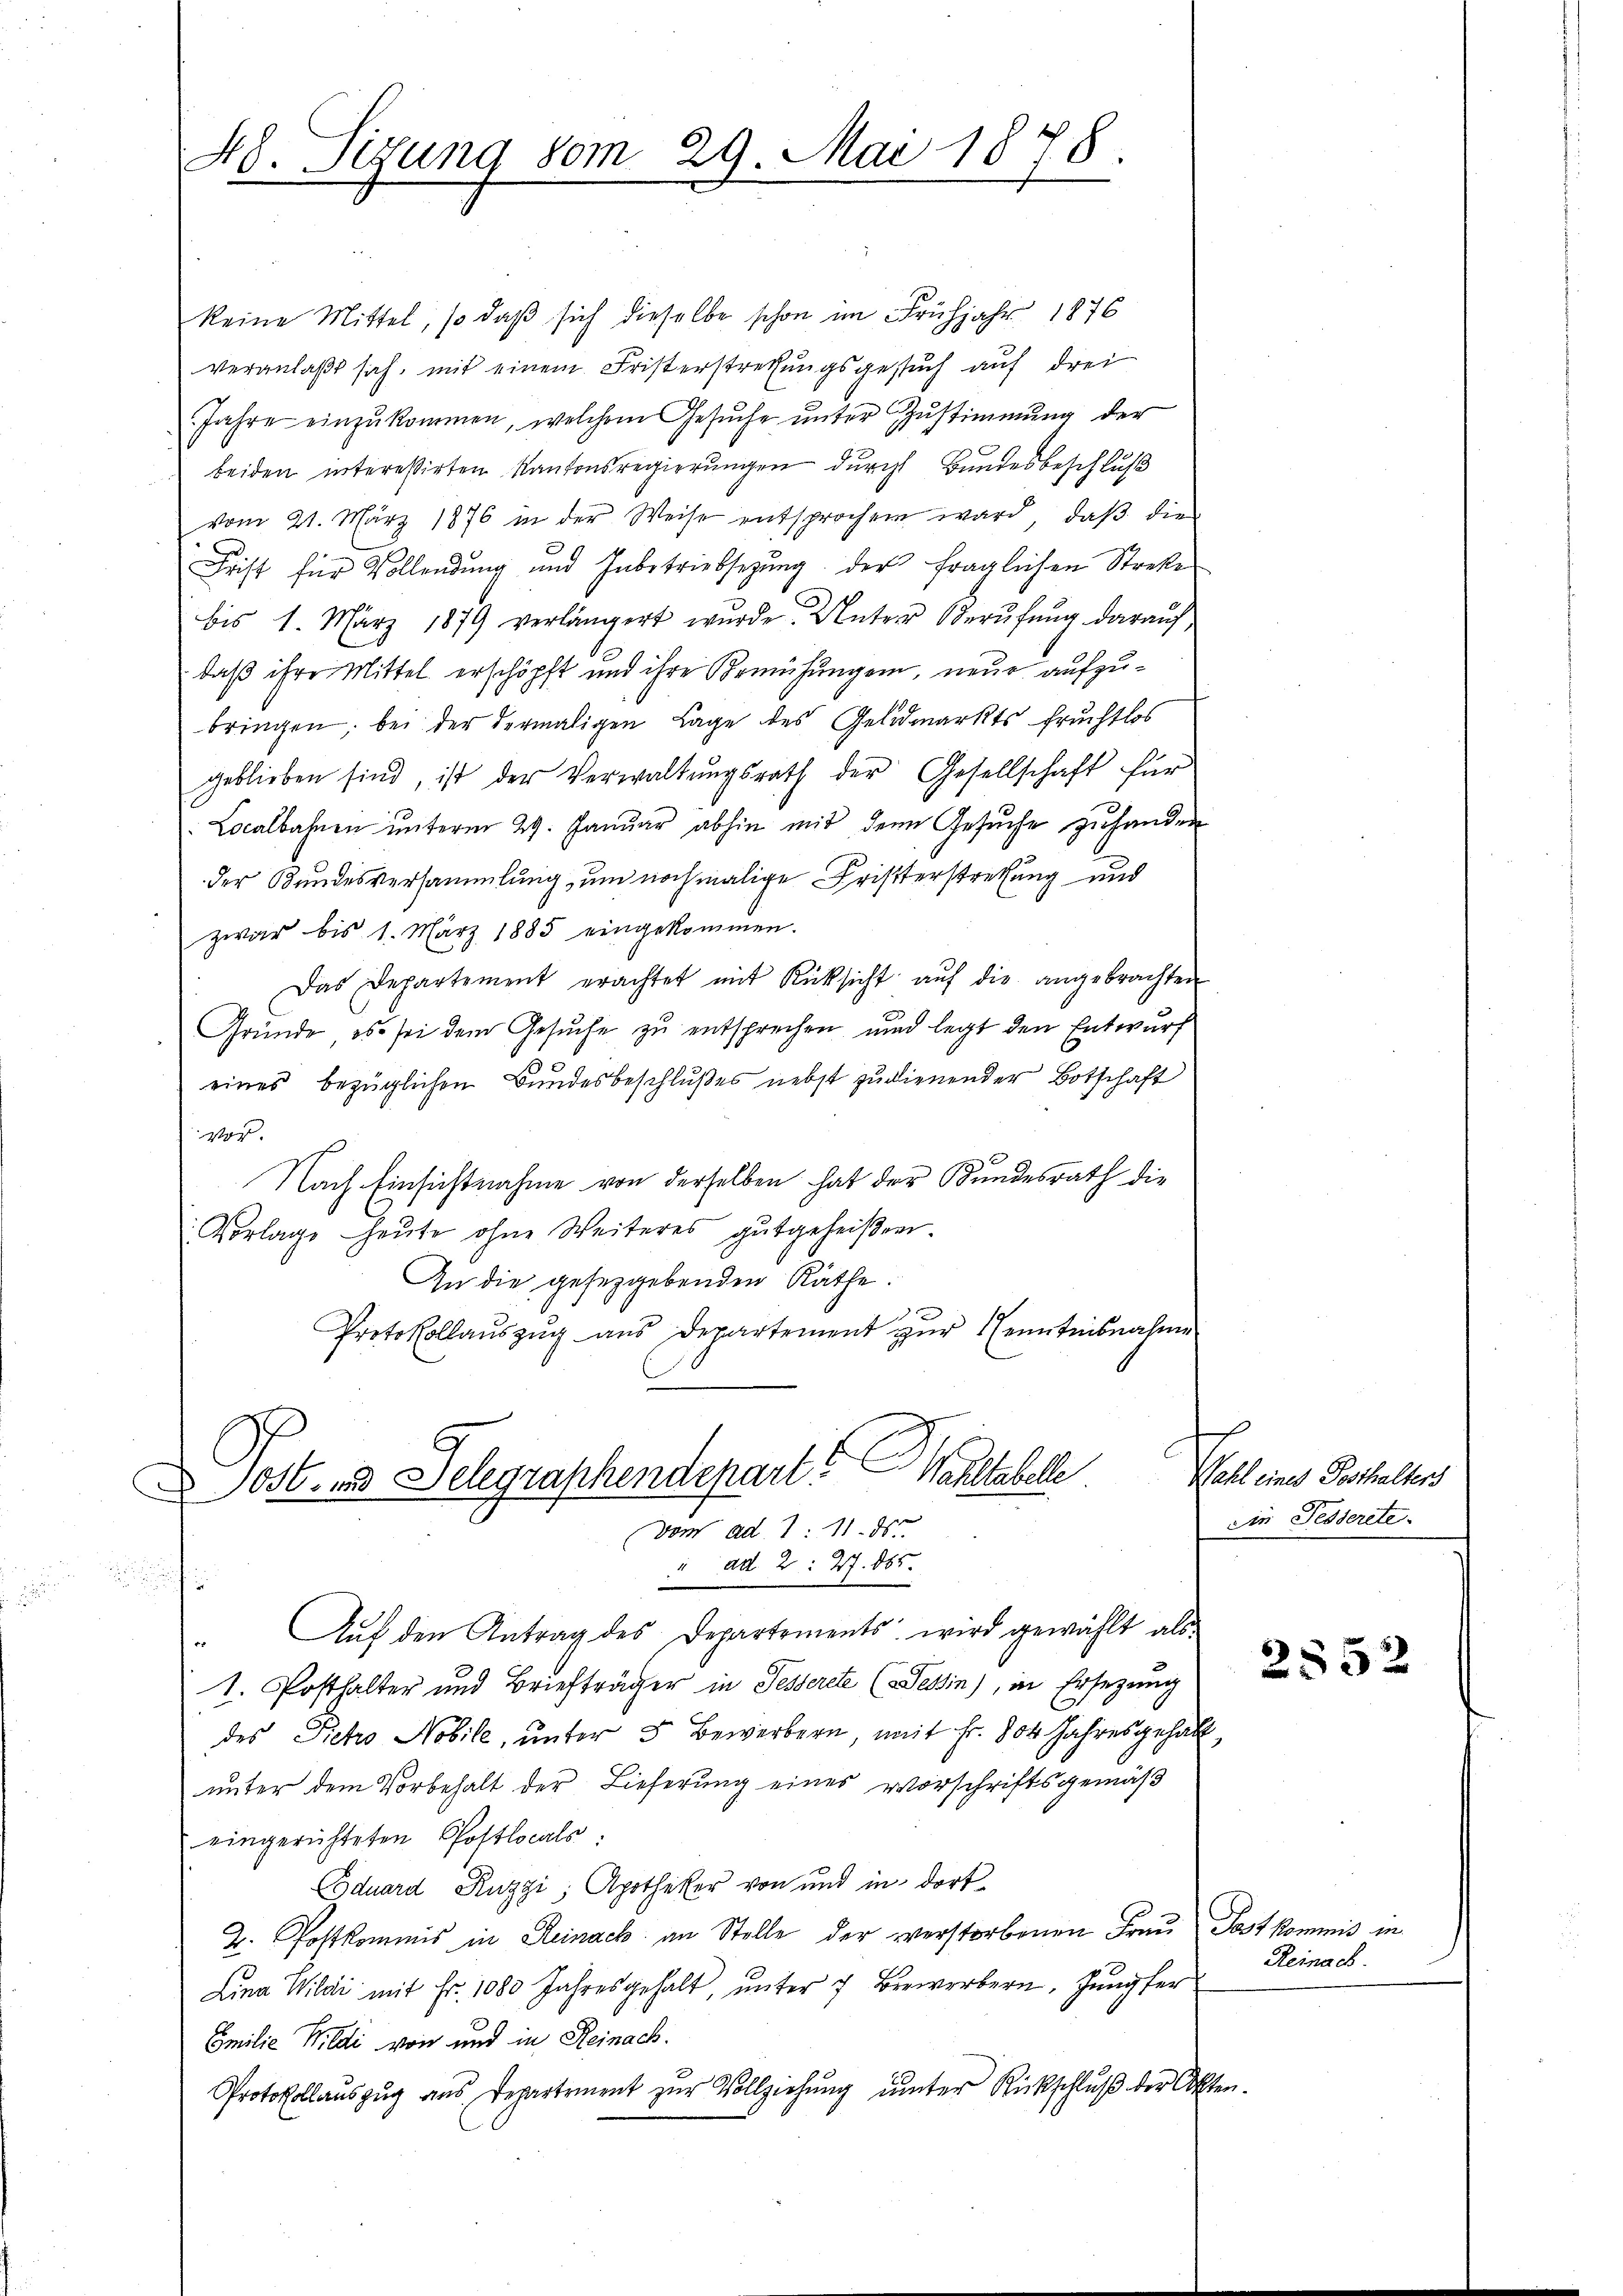
48. Sizung vom 29. Mai 1878.

keine Mittel, so daβ sich dieselbe schon im Frühjahr 1876
veranlaßt sich, mit einem Fristerstrechungsgesuch auf drei
Jahre einzŭkommen, welchem Gesŭche ŭnter Zustimmung der
beiden intereßirten Kantonsregierungen durch Bundesbeschluß
vom 21. März 1876 in der Weise entsprochen ward, daβ die
Frist für Vollendung und Inbetriebsetzŭng der fraglichen Streke
bis 1. März 1879 verlängert wurde. Unter Oberŭfŭng daraŭf,
daß ihre Mittel erschöpft und ihre Bemühungen, neue aufzubringen, bei der dermaligen Lage des Geldmarkts fruchtlos
geblieben sind, ist der Verwaltŭngsrath der Gesellschaft für
Localbahnen unterm 29. Januar abhin mit dem Gesuche zuhanden
der Bundesversammlung, um nochmalige Fristerstrechung und
zwar bis 1. März 1885 eingekommen.
Das Departement erachtet mit Rücksicht aŭf die angebrachten
Gründe, es sei dem Gesuche zu entsprechen und legt den Entwurf
eines bezüglichen Bundesbeschlußes nebst zu dienender Botschaft
vor.
Nach Einsichtnahme von derselben hat der Bundesrath die
Vorlage heŭte ohne Weiteres gutgeheißen.
In die gesetzgebenden Räthe.
Protokollauszug aus Departement zur Kenntnisnahme
.

E
aststell
056. und Delegraphendepart.
Vom ad 1. 11. ds.
" ad 2: 27. 885.
t

Auf den Antrag des Departements, wird gewählt als
1. Posthalter und Briefträger in Tesserete (Tessin), in Ersezung
des Petro Nobile, unter 5 Bewerbern, mit Fr. 804 Jahresgehalt,
unter dem Vorbehalt der Lieferung eines vorschriftsgemäß
eingerichteten Postlocals:
Coduard Kuzzi, Apotheker von und in dort
2. Postkommis in Reinach an Stelle der verstorbenen Frau Post kommis in
Lina Wildi mit Fr. 1080 Jahresgehalt, ŭnter 7 Bewerbern, Jungfer
Emilie Wildi von und in Reinach.
Protokollauszug aus Departement zŭr Vollziehŭng ŭnter Rückschlŭβ der Akten.

Wahl eines Posthalters
Die Fesserete

2552

Reinach.